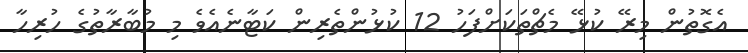
އެގޮތުން މިރޭ ކުޅޭ މެޗްތަކަށްފަހު 12 ކުޅުންތެރިން ކަޓާނެއެވެ މި މުބާރާތުގެ ހުރިހާ